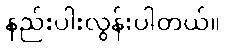
နည်းပါးလွန်းပါတယ်။